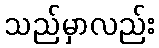
သည်မှာလည်း